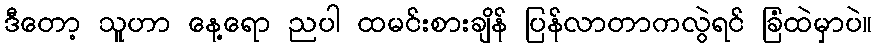
ဒီတော့ သူဟာ နေ့ရော ညပါ ထမင်းစားချိန် ပြန်လာတာကလွဲရင် ခြံထဲမှာပဲ။